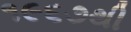
૧૯૬૭થી